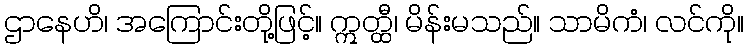
ဌာနေဟိ၊ အကြောင်းတို့ဖြင့်။ ဣတ္ထီ၊ မိန်းမသည်။ သာမိကံ၊ လင်ကို။